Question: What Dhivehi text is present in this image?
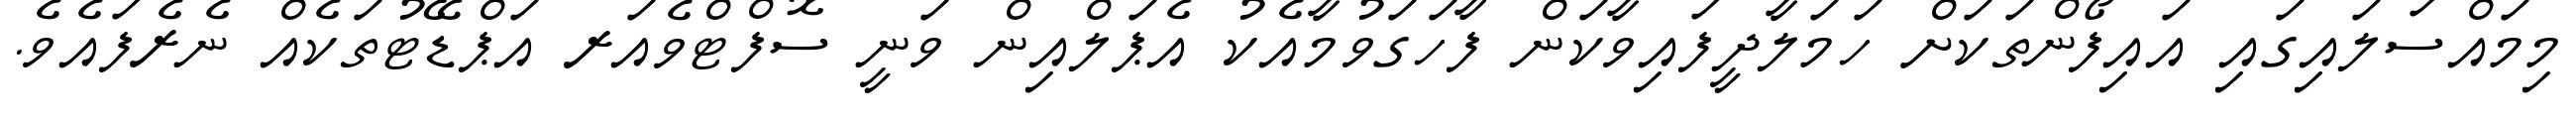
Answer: މިމައްސަލައިގައި އައިފޯންތަކަށް ހަމަލާދީފައިވާކަން ފާހަގަވުމާއެކު އެޕަލްއިން ވަނީ ސޮފްޓްވެއަރ އަޕްޑޭޓުތަކެއް ނެރެފައެވެ.